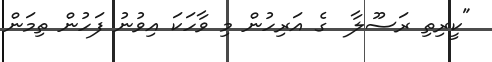
"ކީރިތި ރަސޫލާ  ގެ އަރިހުން މި ވާހަކަ އިވުނު ފަހުން ތިމަން